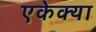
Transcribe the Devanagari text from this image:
एकेक्या